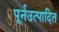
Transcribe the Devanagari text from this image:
पूर्नउत्पादित